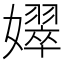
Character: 𡣝